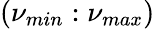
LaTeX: (\nu_{min}:\nu_{max})